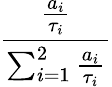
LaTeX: \frac{\frac{a_{i}}{\tau_{i}}}{\sum_{i=1}^{2}\frac{a_{i}}{\tau_{i}}}